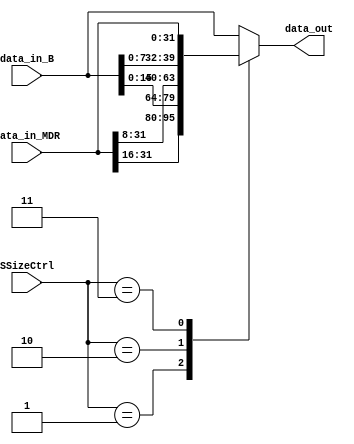
module SizeStore (
    input [31:0] data_in_MDR, 
    input [31:0] data_in_B, 
    input [1:0] SSizeCtrl,
    output reg [31:0] data_out
);

/*
 O SizeCtrl  um sinal de 2 bits que determina como os dados de entrada data_in_MDR devem ser manipulados para gerar a sada data_out.
    
    Seleo do SizeCtrl:
    SizeCtrl == 2'b01 (binrio 01, HALFWORD)
        A sada data_out  definida como {data_in_MDR[31:16], data_in_B[15:0]}. 
        Isso significa que os 16 bits mais significativos de data_out so preenchidos os 16 mais significativos do MDR, e os 16 bits menos significativos so copiados de data_in_B[15:0].
    SizeCtrl == 2'b10 (binrio 10, BYTE)
        A sada data_out  definida como {data_in_MDR[31:8], data_in_B[7:0]}.
        Nesse caso, os 24 bits mais significativos de data_out so preenchidos os 24 mais significativos do MDR, e os 8 bits menos significativos so copiados de data_in_B[7:0].
    Se nenhuma das condies acima for atendida (ou seja, o valor de SizeCtrl no  01 nem 10), a sada data_out  definida como data_in_B.
        Isso significa que data_out  uma cpia direta de data_in_B.
*/

    always @(*) begin
        case(SSizeCtrl)
            2'b01: data_out = {data_in_MDR[31:16], data_in_B[15:0]};
            2'b10: data_out = {data_in_MDR[31:8], data_in_B[7:0]};
            2'b11: data_out = data_in_MDR;
            default: data_out = data_in_B;
        endcase
    end
    
endmodule